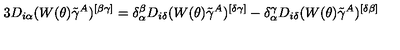
3 D _ { i \alpha } ( W ( \theta ) \tilde { \gamma } ^ { A } ) ^ { [ \beta \gamma ] } = \delta _ { \alpha } ^ { \beta } D _ { i \delta } ( W ( \theta ) \tilde { \gamma } ^ { A } ) ^ { [ \delta \gamma ] } - \delta _ { \alpha } ^ { \gamma } D _ { i \delta } ( W ( \theta ) \tilde { \gamma } ^ { A } ) ^ { [ \delta \beta ] }